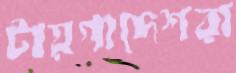
টায়গাদেশরা